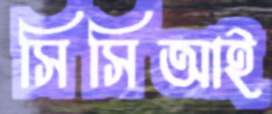
সিসিআই